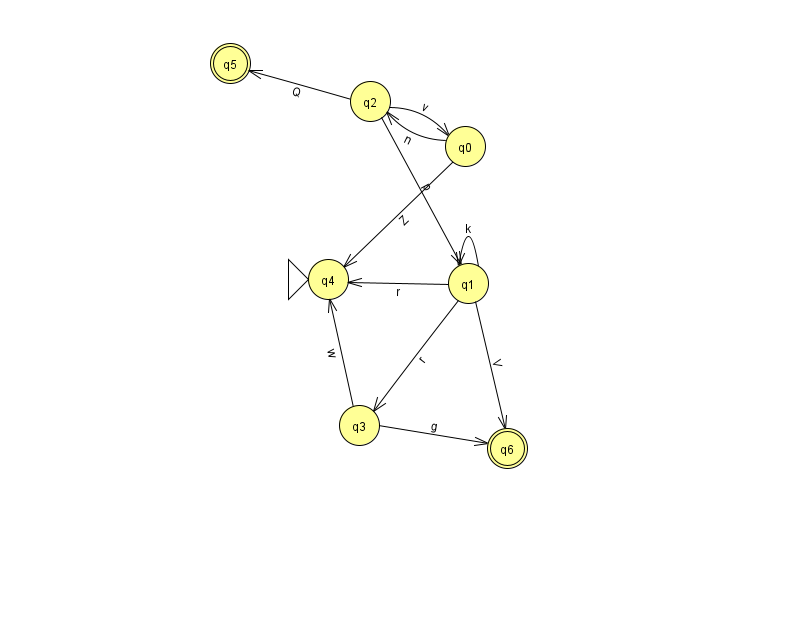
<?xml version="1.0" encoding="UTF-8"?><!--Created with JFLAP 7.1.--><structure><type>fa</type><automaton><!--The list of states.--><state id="0" name="q0"><x>465.0</x><y>133.0</y></state><state id="1" name="q1"><x>468.0</x><y>270.0</y></state><state id="2" name="q2"><x>370.0</x><y>88.0</y></state><state id="3" name="q3"><x>359.0</x><y>412.0</y></state><state id="4" name="q4"><x>328.0</x><y>266.0</y><initial/></state><state id="5" name="q5"><x>230.0</x><y>50.0</y><final/></state><state id="6" name="q6"><x>507.0</x><y>435.0</y><final/></state><!--The list of transitions.--><transition><from>0</from><to>4</to><read>Z</read></transition><transition><from>1</from><to>3</to><read>r</read></transition><transition><from>0</from><to>2</to><read>n</read></transition><transition><from>2</from><to>5</to><read>Q</read></transition><transition><from>2</from><to>1</to><read>p</read></transition><transition><from>3</from><to>4</to><read>w</read></transition><transition><from>3</from><to>6</to><read>g</read></transition><transition><from>1</from><to>1</to><read>k</read></transition><transition><from>1</from><to>6</to><read>V</read></transition><transition><from>2</from><to>0</to><read>v</read></transition><transition><from>1</from><to>4</to><read>r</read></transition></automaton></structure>